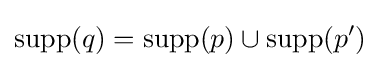
\operatorname {supp} (q)=\operatorname {supp} (p)\cup \operatorname {supp} (p')